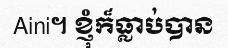
Aini។ ខ្ញុំក៏ធ្លាប់បាន